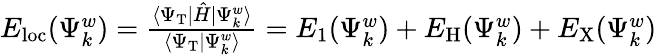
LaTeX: \begin{array}{r}{E_{\mathrm{{loc}}}(\Psi_{k}^{w})=\frac{\langle\Psi_{\mathrm{T}}|\hat{H}|\Psi_{k}^{w}\rangle}{\langle\Psi_{\mathrm{T}}|\Psi_{k}^{w}\rangle}=E_{1}(\Psi_{k}^{w})+E_{\mathrm{H}}(\Psi_{k}^{w})+E_{\mathrm{X}}(\Psi_{k}^{w})}\end{array}